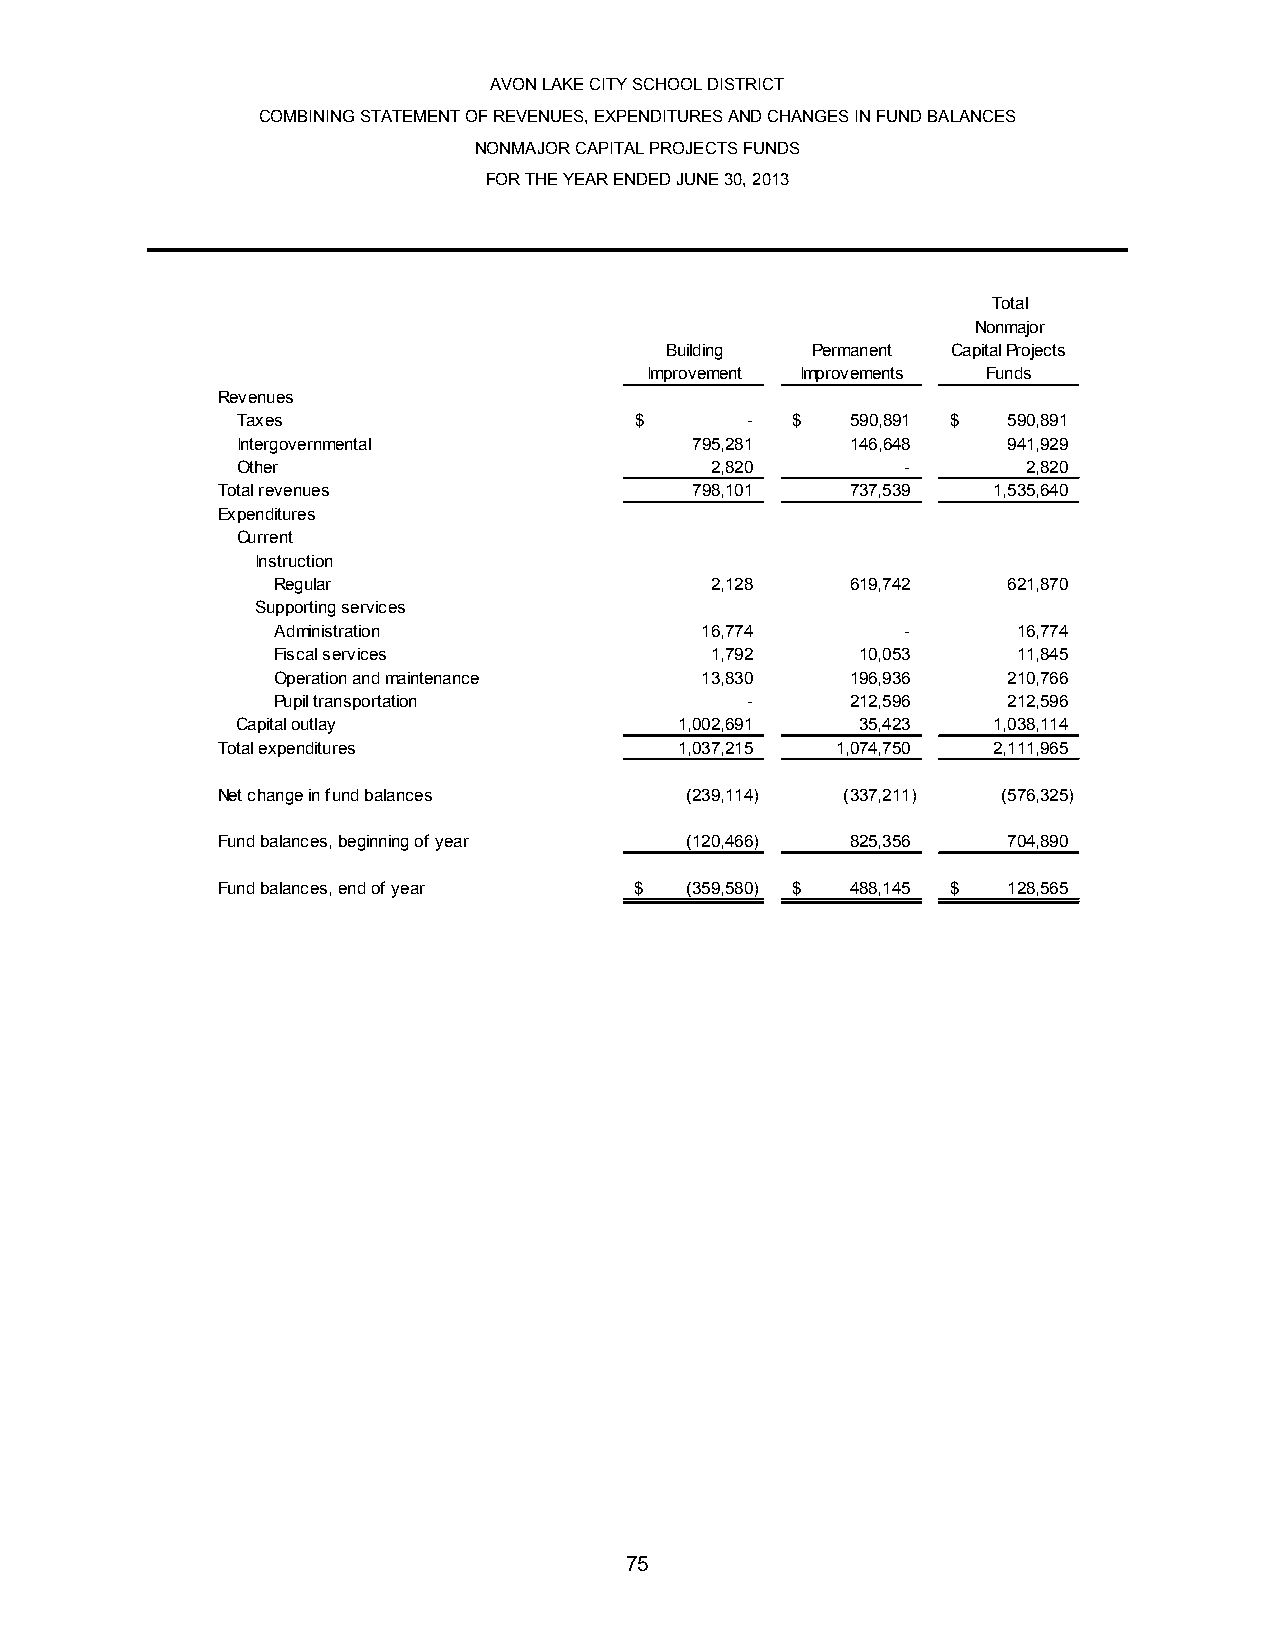
AVON LAKE CITY SCHOOL DISTRICT
 COMBINING STATEMENT OF REVENUES, EXPENDITURES AND CHANGES IN FUND BALANCES
 NONMAJOR CAPITAL PROJECTS FUNDS
 FOR THE YEAR ENDED JUNE 30, 2013
 Total
 Nonmajor
 Building  Permanent Capital Projects
 Improvement Improvements Funds
 Revenues
 Taxes                     $      -  $   590,891 $  590,891
 Intergovernmental             795,281   146,648    941,929
 Other                          2,820        -       2,820
 Total revenues                  798,101   737,539   1,535,640
 Expenditures
 Current
 Instruction
 Regular                      2,128    619,742    621,870
 Supporting services
 Administration              16,774        -      16,774
 Fiscal services              1,792     10,053    11,845
 Operation and maintenance   13,830    196,936    210,766
 Pupil transportation           -      212,596    212,596
 Capital outlay               1,002,691   35,423   1,038,114
 Total expenditures             1,037,215 1,074,750  2,111,965
 Net change in fund balances    ( 239,114) ( 337,211) ( 576,325)
 Fund balances, beginning of year ( 120,466) 825,356  704,890
 Fund balances, end of year  $  ( 359,580) $ 488,145 $ 128,565
 75